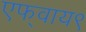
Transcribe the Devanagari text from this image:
एफ्‌वाय९